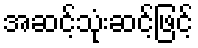
အဆင့်သုံးဆင့်ဖြင့်